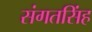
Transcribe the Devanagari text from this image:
संगतसिंह